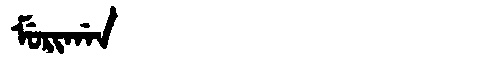
Manchu: ᠮᡠᡵᡳᡤᠠᠨ
Romanization: MURIGAN